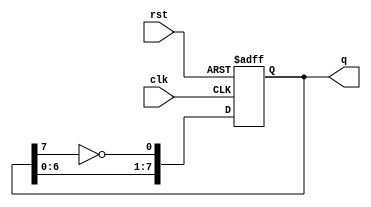
module johnson(rst, clk, q);
input rst, clk;
  output[7:0] q;
  reg [7:0] q;
  always @(negedge rst or posedge clk)
    if(!rst)
q <= 0;
else
  q <= {{q[6:0]},{~q[7]}};
endmodule